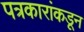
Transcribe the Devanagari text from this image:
पत्रकारांकडून